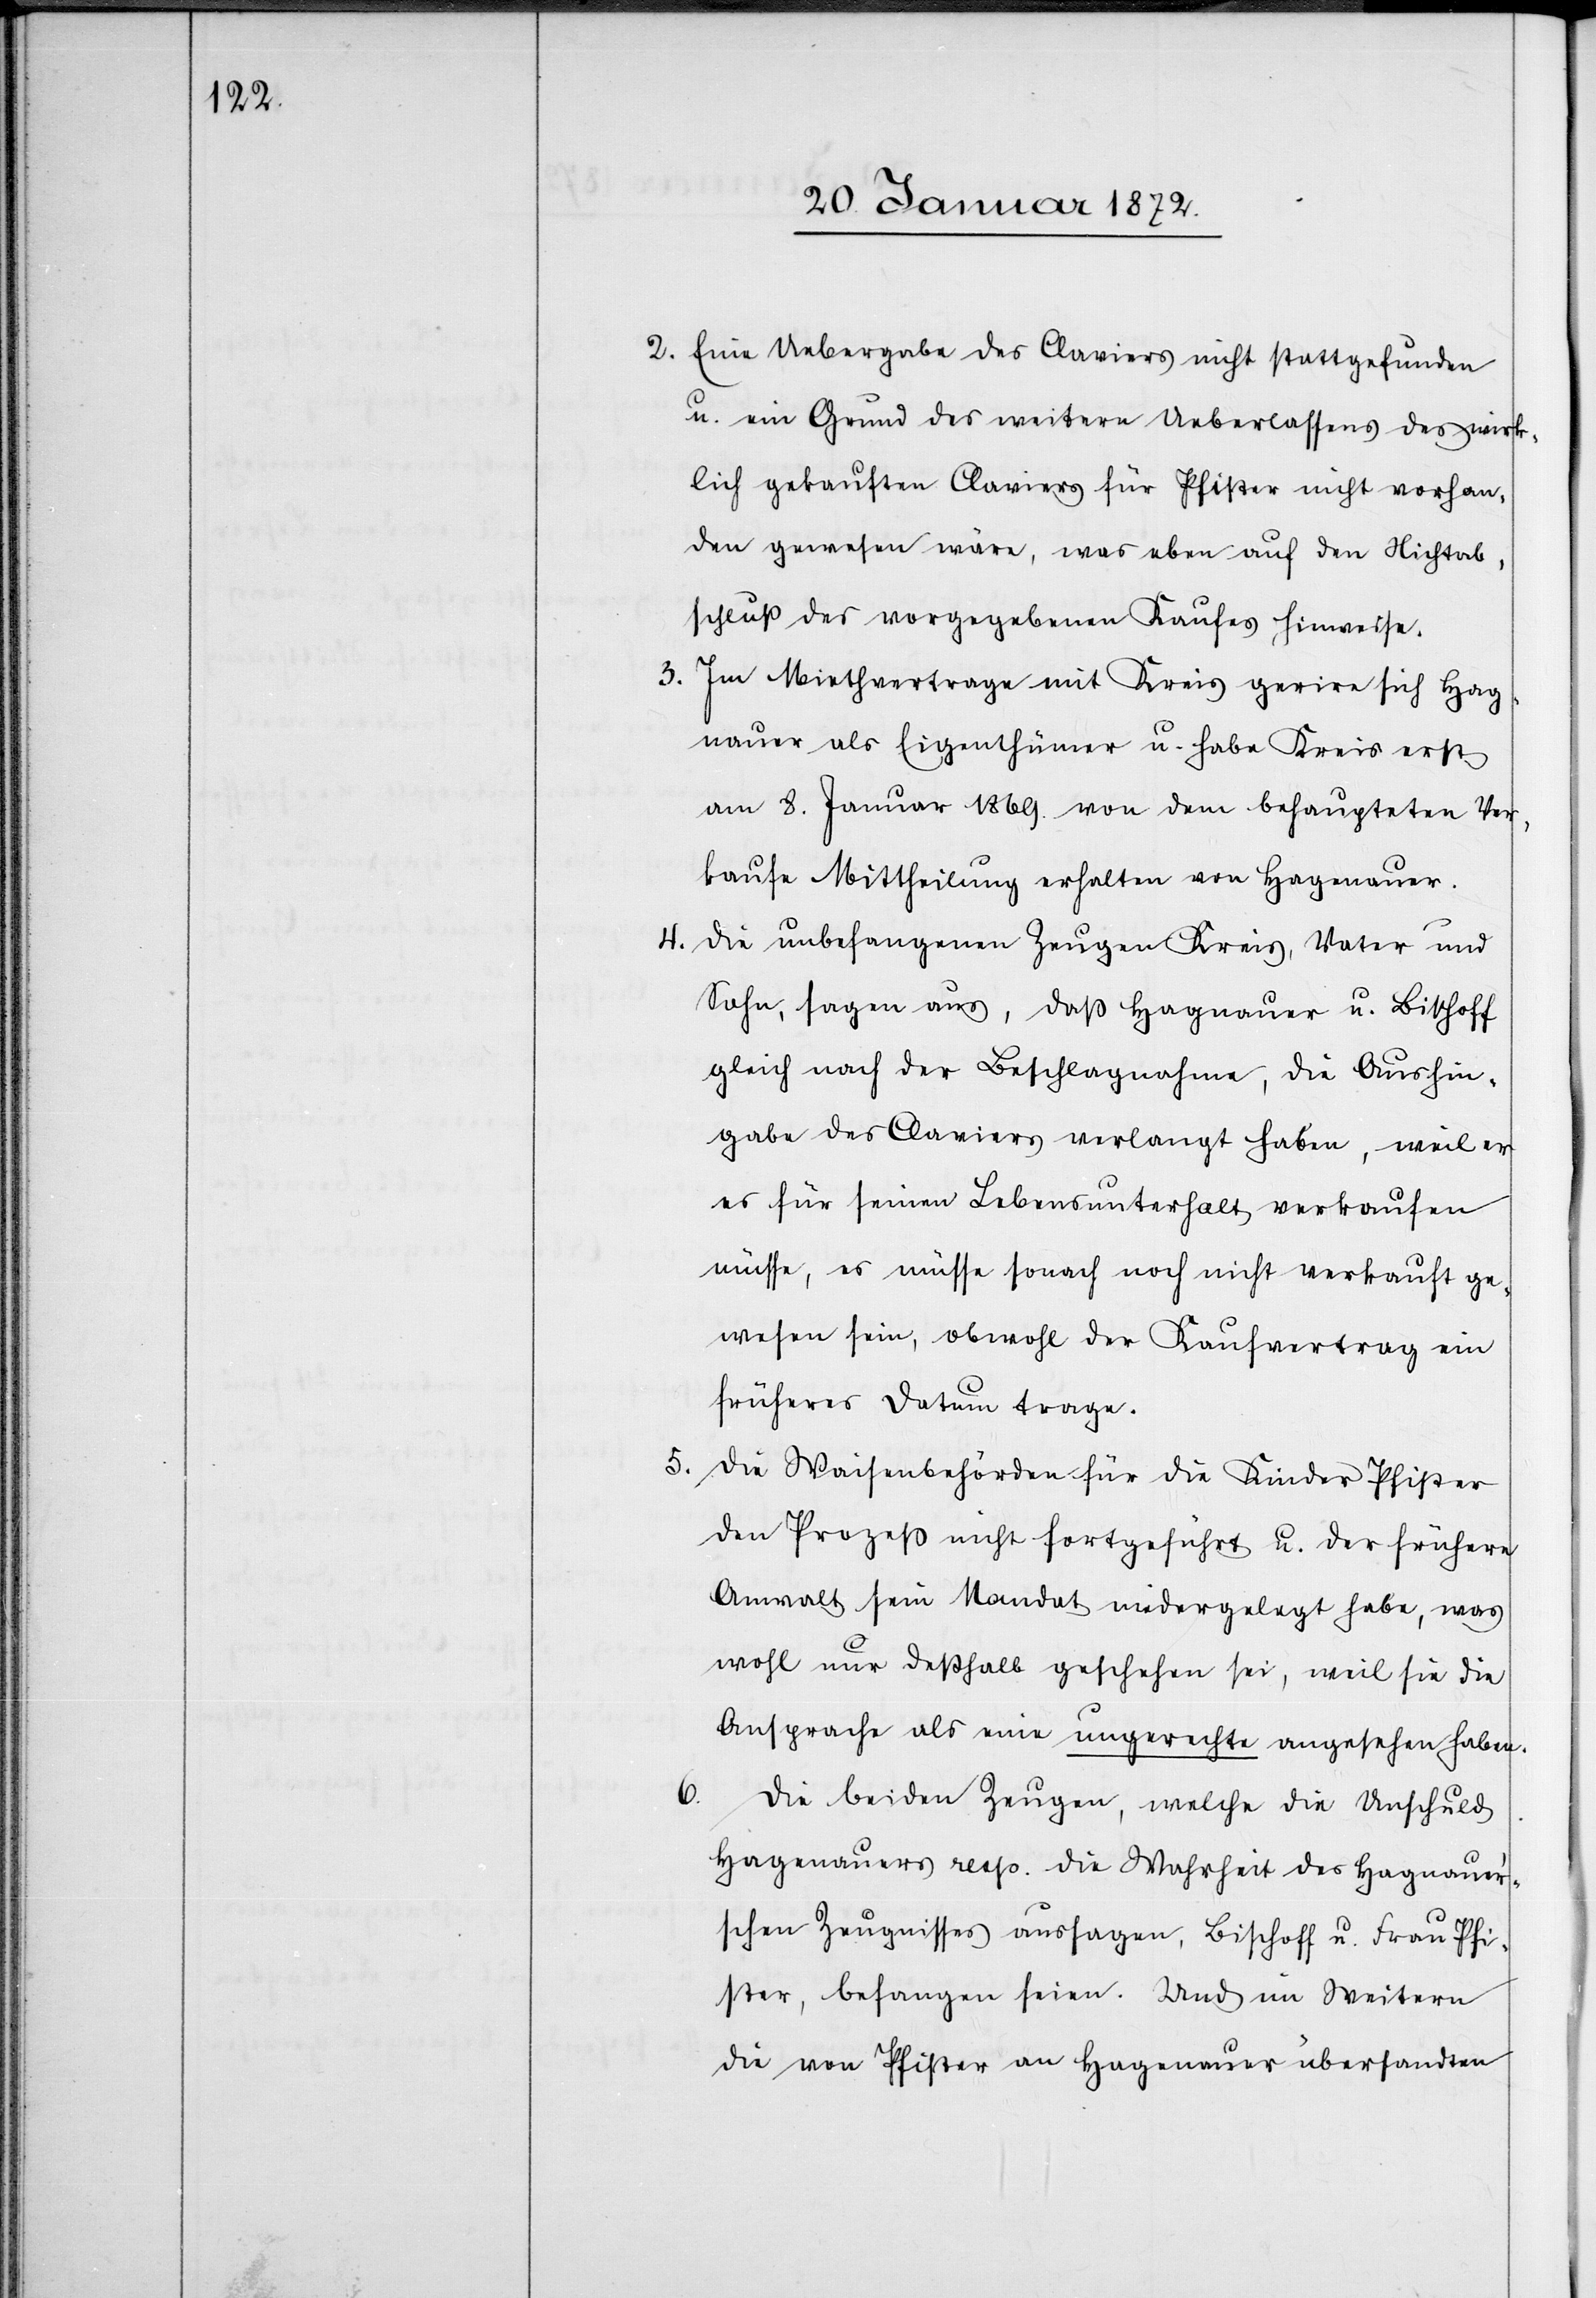
2. Eine Uebergabe des Claviers nicht stattgefunden
u. ein Grund des weitern Ueberlassens des wirk¬
lich gekauften Claviers für Pfister nicht vorhan¬
den gewesen wäre, was eben auf den Nichtab¬
schluß des vorgegebenen Kaufes hinweise.
3.
Im Miethvertrage mit Kreis gerire sich Hag¬
nauer als Eigenthümer u. habe Kreis erst
am 8. Januar 1869. von dem behaupteten Ver¬
kaufe Mittheilung erhalten von Hagenauer.
4. Die unbefangenen Zeugen Kreis, Vater und
Sohn, sagen aus, daß Hagnauer u. Bischoff
gleich nach der Beschlagnahme, die Aushin¬
gabe des Claviers verlangt haben, weil er
es für seinen Lebensunterhalt verkaufen
müsse, es müsse sonach noch nicht verkauft ge¬
wesen sein, obwohl der Kaufvertrag ein
früheres Datum trage.
5. Die Waisenbehörden für die Kinder Pfister
den Prozeß nicht fortgeführt u. der frühere
Anwalt sein Mandat niedergelegt habe, was
wohl nur deßhalb geschehen sei, weil sie die
Ansprache als eine ungerechte angesehen haben.
6.
Die beiden Zeugen, welche die Unschuld
Hagenauers resp. die Wahrheit des Hagnauer's¬
chen Zeugnisses aussagen, Bischoff u. Frau Pfi¬
ster, befangen seien. Und im Weitern
die von Pfister an Hagenauer übersandten